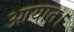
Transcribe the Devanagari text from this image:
आयात।